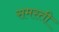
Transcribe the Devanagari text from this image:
समस्ती